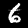
Label: 6